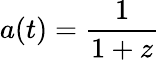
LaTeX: a(t)={\frac{1}{1+z}}